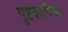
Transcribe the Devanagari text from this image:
पुष्टकायिक